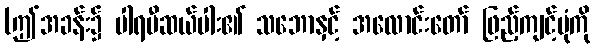
(ဤအခန်း၌ ပါရမီဆယ်ပါး၏ သဘောနှင့် အလောင်းတော် ဖြည့်ကျင့်ပုံကို